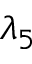
\lambda _ { 5 }